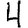
Digit: 4